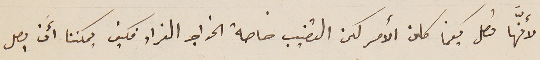
لأنّها تصل كيفما كان الأمر كان القضيب خاصة الخواجه الفراد فكيف يمكننا أَن يصل